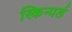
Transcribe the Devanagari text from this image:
स्किन्यर्ड